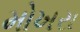
મોખરા